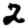
Digit: 2